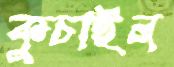
কুচাইল